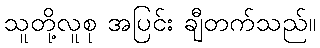
သူတို့လူစု အပြင်း ချီတက်သည်။